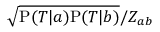
\sqrt { \mathrm { P } ( { \cal T } | a ) \mathrm { P } ( { \cal T } | b ) } / Z _ { a b }